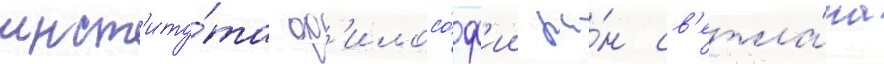
инст'иту́та ф'илосо́ф'ии ра́н св'етла́на